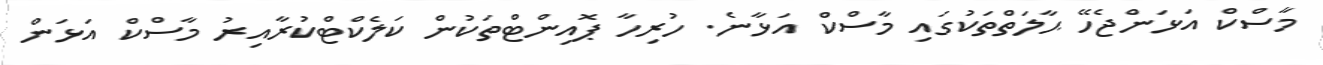
މާސްކް އަޅަންޖެހޭ ޙާލަތްތަކުގައި މާސްކް އަޅާނެ. ހުރިހާ ޕޮއިންޓްތަކުން ކަލެކްޓްކުރާއިރު މާސްކް އަޅަން